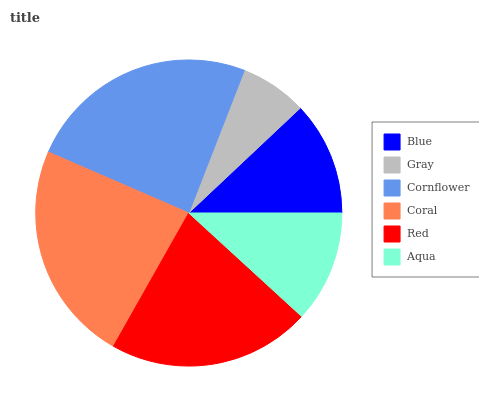
| Blue | Gray | Cornflower | Coral | Red | Aqua |
 | --- | --- | --- | --- | --- | --- |
 | 12% | 7.07% | 24.4% | 23.4% | 21.3% | 11.8% |